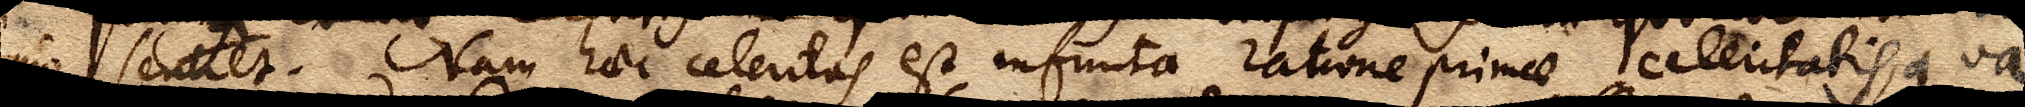
imo sentiet. Nam haec celeritas est infinita ratione primae celeritatis, qua